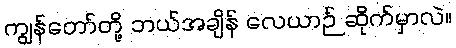
ကျွန်တော်တို့ ဘယ်အချိန် လေယာဉ် ဆိုက်မှာလဲ။